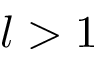
l > 1